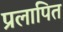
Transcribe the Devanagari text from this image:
प्रलापित